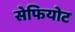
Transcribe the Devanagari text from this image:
सेफियोट